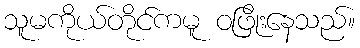
သူမကိုယ်တိုင်ကမူ ဝဖြိုးနေသည်။